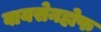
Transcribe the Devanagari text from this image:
वायसेनहोफ